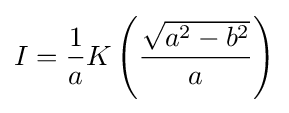
I={\frac {1}{a}}K\left({\frac {\sqrt {a^{2}-b^{2}}}{a}}\right)